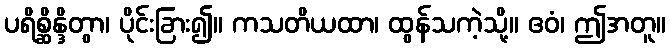
ပရိစ္ဆိန္ဒိတွာ၊ ပိုင်းခြား၍။ ကသတိယထာ၊ ထွန်သကဲ့သို့။ ဧဝံ၊ ဤအတူ။